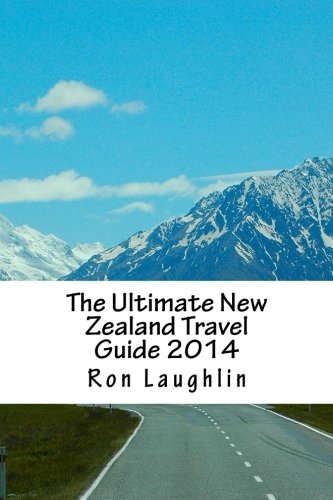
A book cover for The Ultimate New Zealand Travel Guide 2014: by the New Zealand Guru of Travel; Ron Laughlin; Travel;